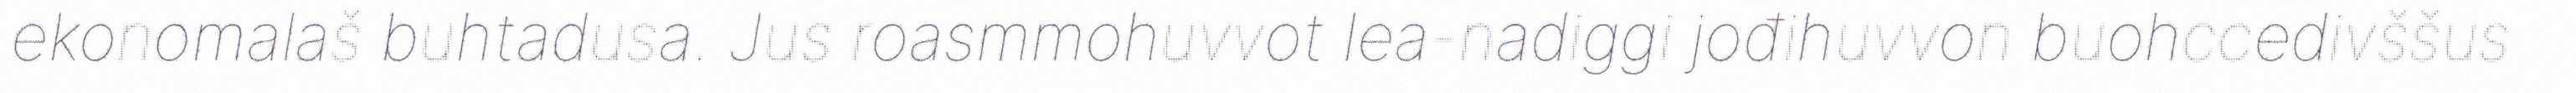
ekonomalaš buhtadusa. Jus roasmmohuvvot lea-nadiggi jođihuvvon buohccedivššus